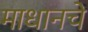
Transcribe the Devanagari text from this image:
माधानचे